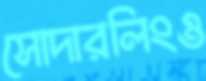
সোদারলিংও